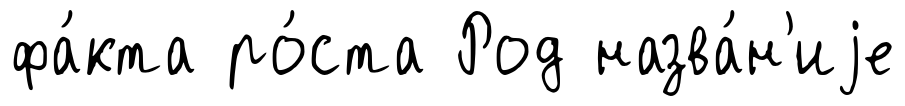
фа́кта ро́ста Род назва́н'иjе